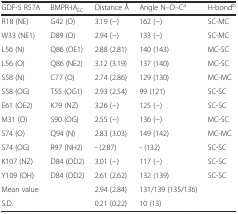
<table><thead><tr><td><b>GDF-5 R57A</b></td><td><b>BMPR-IA<sub>EC</sub></b></td><td><b>Distance Å</b></td><td><b>Angle N–O–C<sup>a</sup></b></td><td><b>H-bond<sup>b</sup></b></td></tr></thead><tbody><tr><td>R18 (NE)</td><td>G42 (O)</td><td>3.19 (−)</td><td>162 (−)</td><td>SC-MC</td></tr><tr><td>W33 (NE1)</td><td>D89 (O)</td><td>2.94 (−)</td><td>133 (−)</td><td>SC-MC</td></tr><tr><td>L56 (N)</td><td>Q86 (OE1)</td><td>2.88 (2.81)</td><td>140 (143)</td><td>MC-SC</td></tr><tr><td>L56 (O)</td><td>Q86 (NE2)</td><td>3.12 (3.19)</td><td>137 (140)</td><td>MC-SC</td></tr><tr><td>S58 (N)</td><td>C77 (O)</td><td>2.74 (2.86)</td><td>129 (130)</td><td>MC-MC</td></tr><tr><td>S58 (OG)</td><td>T55 (OG1)</td><td>2.93 (2.54)</td><td>99 (121)</td><td>SC-SC</td></tr><tr><td>E61 (OE2)</td><td>K79 (NZ)</td><td>3.26 (−)</td><td>125 (−)</td><td>SC-SC</td></tr><tr><td>M31 (O)</td><td>S90 (OG)</td><td>2.55 (−)</td><td>136 (−)</td><td>MC-SC</td></tr><tr><td>S74 (O)</td><td>Q94 (N)</td><td>2.83 (3.03)</td><td>149 (142)</td><td>MC-MC</td></tr><tr><td>S74 (OG)</td><td>R97 (NH2)</td><td>- (2.87)</td><td>- (132)</td><td>SC-SC</td></tr><tr><td>K107 (NZ)</td><td>D84 (OD2)</td><td>3.01 (−)</td><td>117 (−)</td><td>SC-SC</td></tr><tr><td>Y109 (OH)</td><td>D84 (OD2)</td><td>2.61 (2.62)</td><td>132 (139)</td><td>SC-SC</td></tr><tr><td>Mean value</td><td></td><td>2.94 (2.84)</td><td>131/139 (135/136)</td><td></td></tr><tr><td>S.D.</td><td></td><td>0.21 (0.22)</td><td>10 (13)</td><td></td></tr></tbody></table>